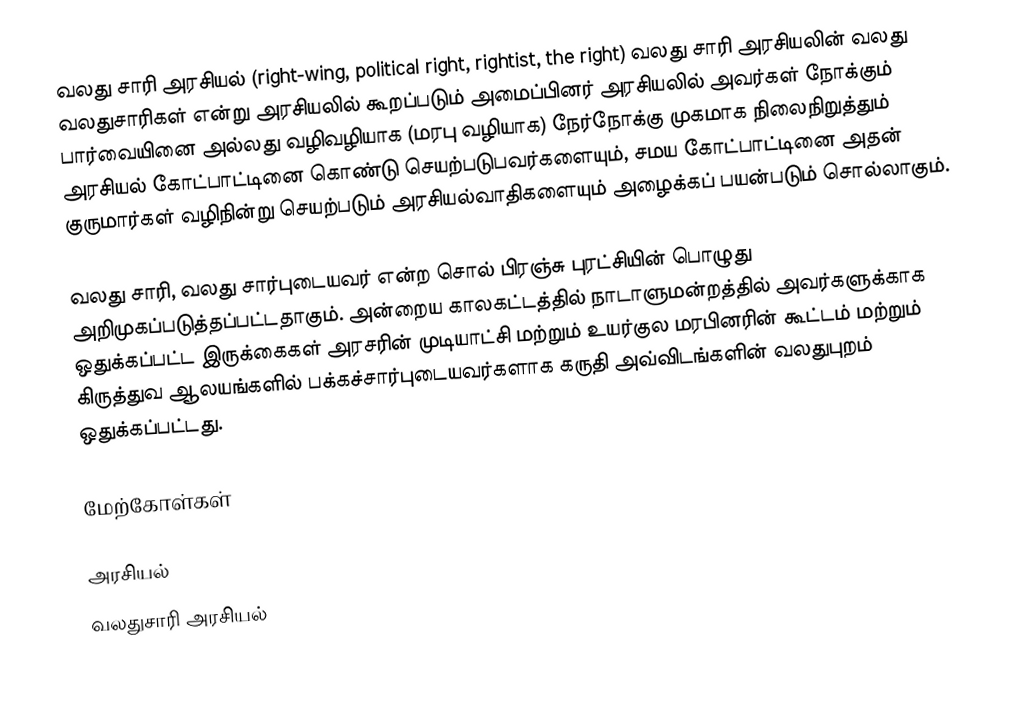
வலது சாரி அரசியல் (right-wing, political right, rightist, the right) வலது சாரி அரசியலின் வலது வலதுசாரிகள் என்று அரசியலில் கூறப்படும் அமைப்பினர் அரசியலில் அவர்கள் நோக்கும் பார்வையினை அல்லது வழிவழியாக (மரபு வழியாக) நேர்நோக்கு முகமாக நிலைநிறுத்தும் அரசியல் கோட்பாட்டினை கொண்டு செயற்படுபவர்களையும், சமய கோட்பாட்டினை அதன் குருமார்கள் வழிநின்று செயற்படும் அரசியல்வாதிகளையும் அழைக்கப் பயன்படும் சொல்லாகும்.

வலது சாரி, வலது சார்புடையவர் என்ற சொல் பிரஞ்சு புரட்சியின் பொழுது அறிமுகப்படுத்தப்பட்டதாகும். அன்றைய காலகட்டத்தில் நாடாளுமன்றத்தில் அவர்களுக்காக ஒதுக்கப்பட்ட இருக்கைகள் அரசரின் முடியாட்சி மற்றும் உயர்குல மரபினரின் கூட்டம் மற்றும் கிருத்துவ ஆலயங்களில் பக்கச்சார்புடையவர்களாக கருதி அவ்விடங்களின் வலதுபுறம் ஒதுக்கப்பட்டது.

மேற்கோள்கள்

அரசியல்
வலதுசாரி அரசியல்